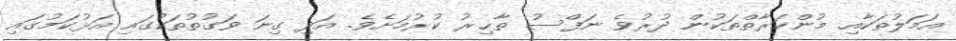
އަމަލުތަކާއި މުންކަރާތްތަކުން ދުރުވެ ނަފްސު ތާޙިރު ކުރުމަށެވެ. އަދި ގިނަ ވަގުތުތަކުގައި އަޅުކަމުގައި